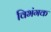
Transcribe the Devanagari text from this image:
विभंगक